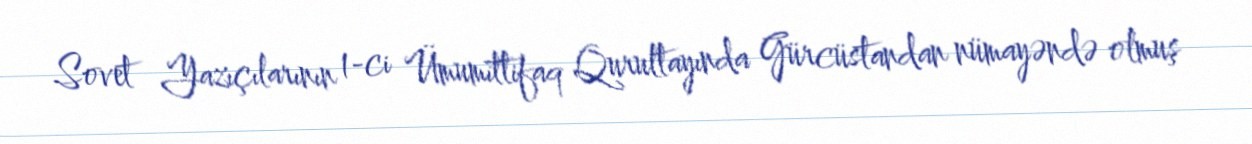
Sovet Yazıçılarının 1-ci Ümumittifaq Qurultayında Gürcüstandan nümayəndə olmuş